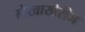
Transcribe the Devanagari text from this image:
लेखाखेरीज